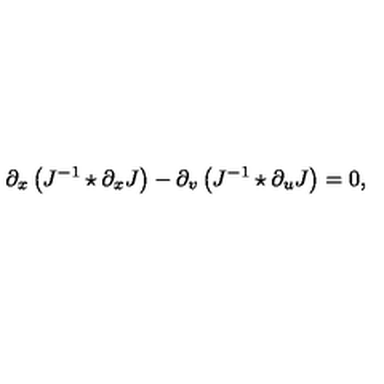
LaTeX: \partial _ { x } \left( J ^ { - 1 } \star \partial _ { x } J \right) - \partial _ { v } \left( J ^ { - 1 } \star \partial _ { u } J \right) = 0 ,